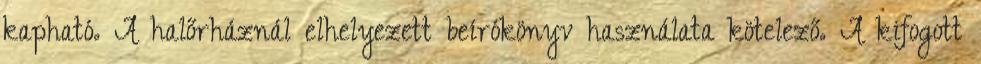
kapható. A halőrháznál elhelyezett beírókönyv használata kötelező. A kifogott